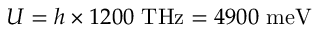
U = h \times 1 2 0 0 ~ \mathrm { T H z } = 4 9 0 0 ~ \mathrm { m e V }